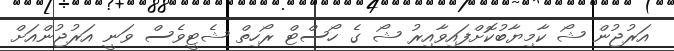
އަރުޖުން ޝޯ ކާމިޔާބުކޮށްފައިވާއިރު ޝޯ ގެ ހޯސްޓް ރޯހިތް ޝެޓީވެސް ވަނީ އަރުޖުންއަށް